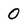
Character: 0